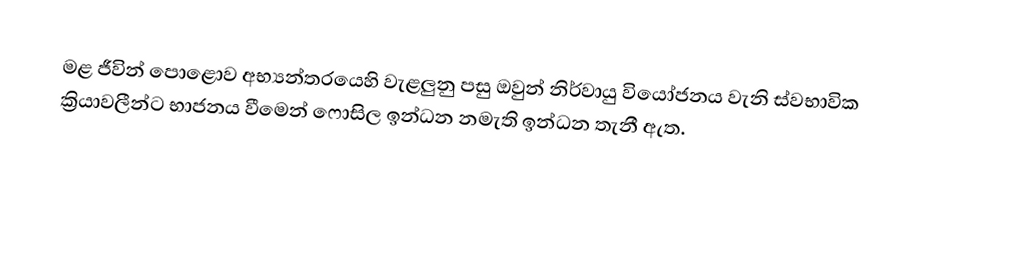
මළ ජීවින් පොළොව අභ්‍යන්තරයෙහි වැළලුනු පසු ඔවුන් නිර්වායු වියෝජනය වැනි ස්වභාවික ක්‍රියාවලීන්ට භාජනය වීමෙන්  ෆොසිල ඉන්ධන නමැති ඉන්ධන තැනී ඇත.